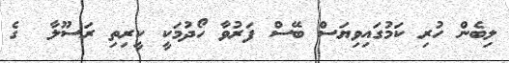
ލިބެން ހުރި ކަމުގައިވިޔަސް ބޭސް ފަރުވާ ހޯދުމަކީ ކީރިތި ރަސޫލާ  ގެ